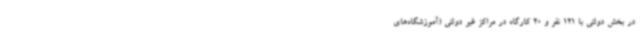
در بخش دولتی با 121 نفر و 20 کارگاه در مراکز غیر دولتی (آموزشگاه‌های